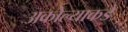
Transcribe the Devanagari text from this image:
अकोल्याकडे